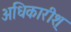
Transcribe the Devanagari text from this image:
अधिकारीश्